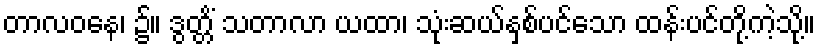
တာလဝနေ၊ ၌။ ဒွတ္တိံ သတာလာ ယထာ၊ သုံးဆယ်နှစ်ပင်သော ထန်းပင်တို့ကဲ့သို့။